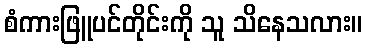
စံကားဖြူပင်တိုင်းကို သူ သိနေသလား။